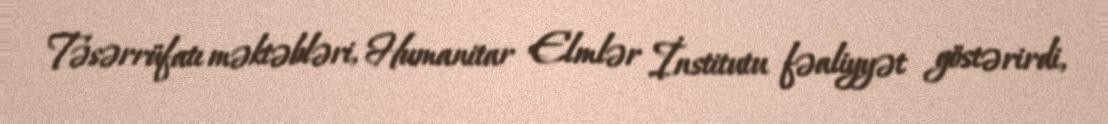
Təsərrüfatı məktəbləri, Humanitar Elmlər İnstitutu fəaliyyət göstərirdi,